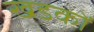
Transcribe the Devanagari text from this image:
खडकों